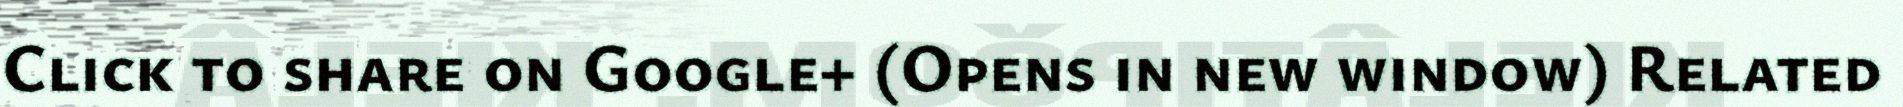
Click to share on Google+ (Opens in new window) Related